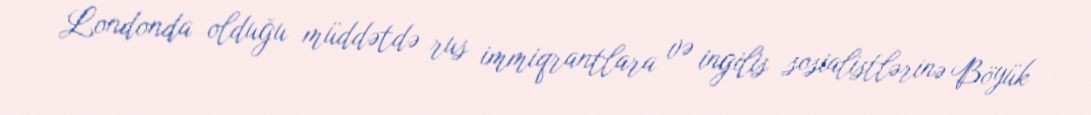
Londonda olduğu müddətdə rus immiqrantlara və ingilis sosialistlərinə Böyük